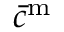
\bar { c } ^ { \mathrm { m } }